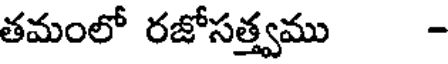
తమంలో రజోసత్త్వము -